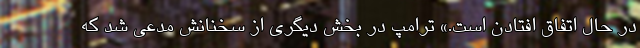
در حال اتفاق افتادن است.» ترامپ در بخش دیگری از سخنانش مدعی شد که